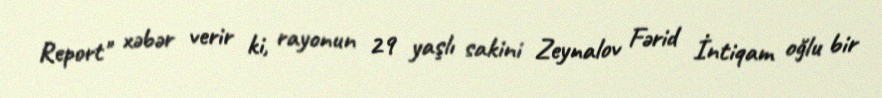
Report" xəbər verir ki, rayonun 29 yaşlı sakini Zeynalov Fərid İntiqam oğlu bir